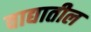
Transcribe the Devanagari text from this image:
वाद्यातील